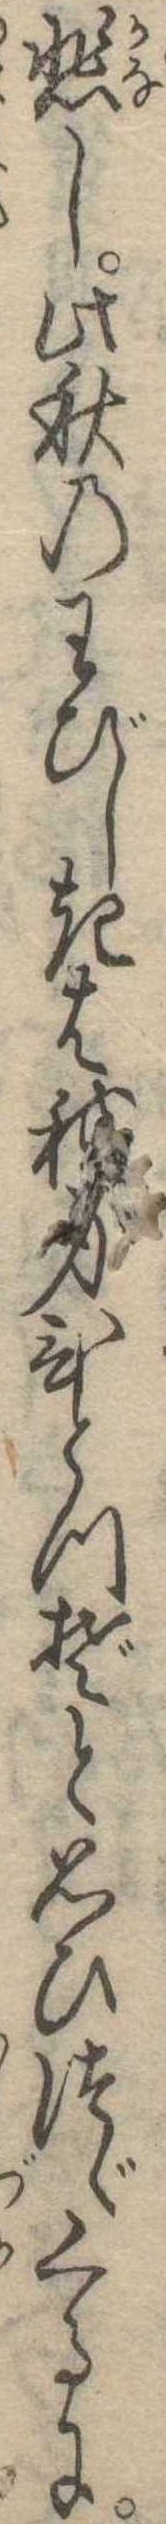
悲し此秋のわびしきは我身ひとつぞと思ひつゞくるに